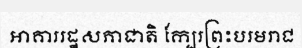
អាគាររដ្ឋសភាជាតិ ក្បែរព្រះបរមរាជ